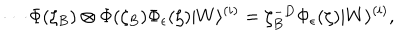
LaTeX: \cdots \Phi ( \zeta _ { B } ) \otimes \Phi ( \zeta _ { B } ) \Phi _ { \epsilon } ( \zeta ) | W \rangle ^ { ( i ) } = \zeta _ { B } ^ { - D } \Phi _ { \epsilon } ( \zeta ) | W \rangle ^ { ( i ) } ,